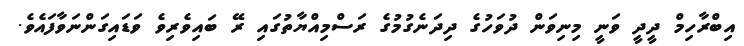
އިބްރާހިމް ދީދީ ވަނީ މިނިވަން ދުވަހުގެ ދިދަނެގުމުގެ ރަސްމިއްޔާތުގައި ރޭ ބައިވެރިވެ ވަޑައިގަންނަވާފައެވެ.